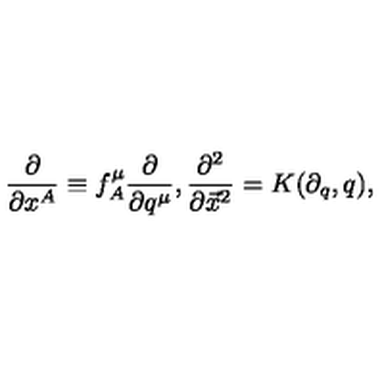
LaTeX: \frac { \partial } { \partial x ^ { A } } \equiv f _ { A } ^ { \mu } \frac { \partial } { \partial q ^ { \mu } } , \frac { \partial ^ { 2 } } { \partial \vec { x } ^ { 2 } } = K ( \partial _ { q } , q ) ,